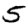
Digit: 5